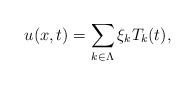
\begin{align*} u(x,t)=\sum\limits_{k\in \Lambda}\xi_{k}T_{k}(t), \end{align*}